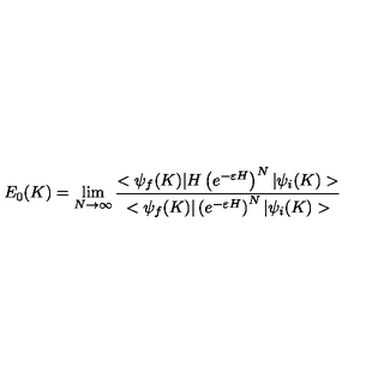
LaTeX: E _ { 0 } ( K ) = \lim _ { N \rightarrow \infty } \frac { < \psi _ { f } ( K ) | H \left( e ^ { - \varepsilon H } \right) ^ { N } | \psi _ { i } ( K ) > } { < \psi _ { f } ( K ) | \left( e ^ { - \varepsilon H } \right) ^ { N } | \psi _ { i } ( K ) > }